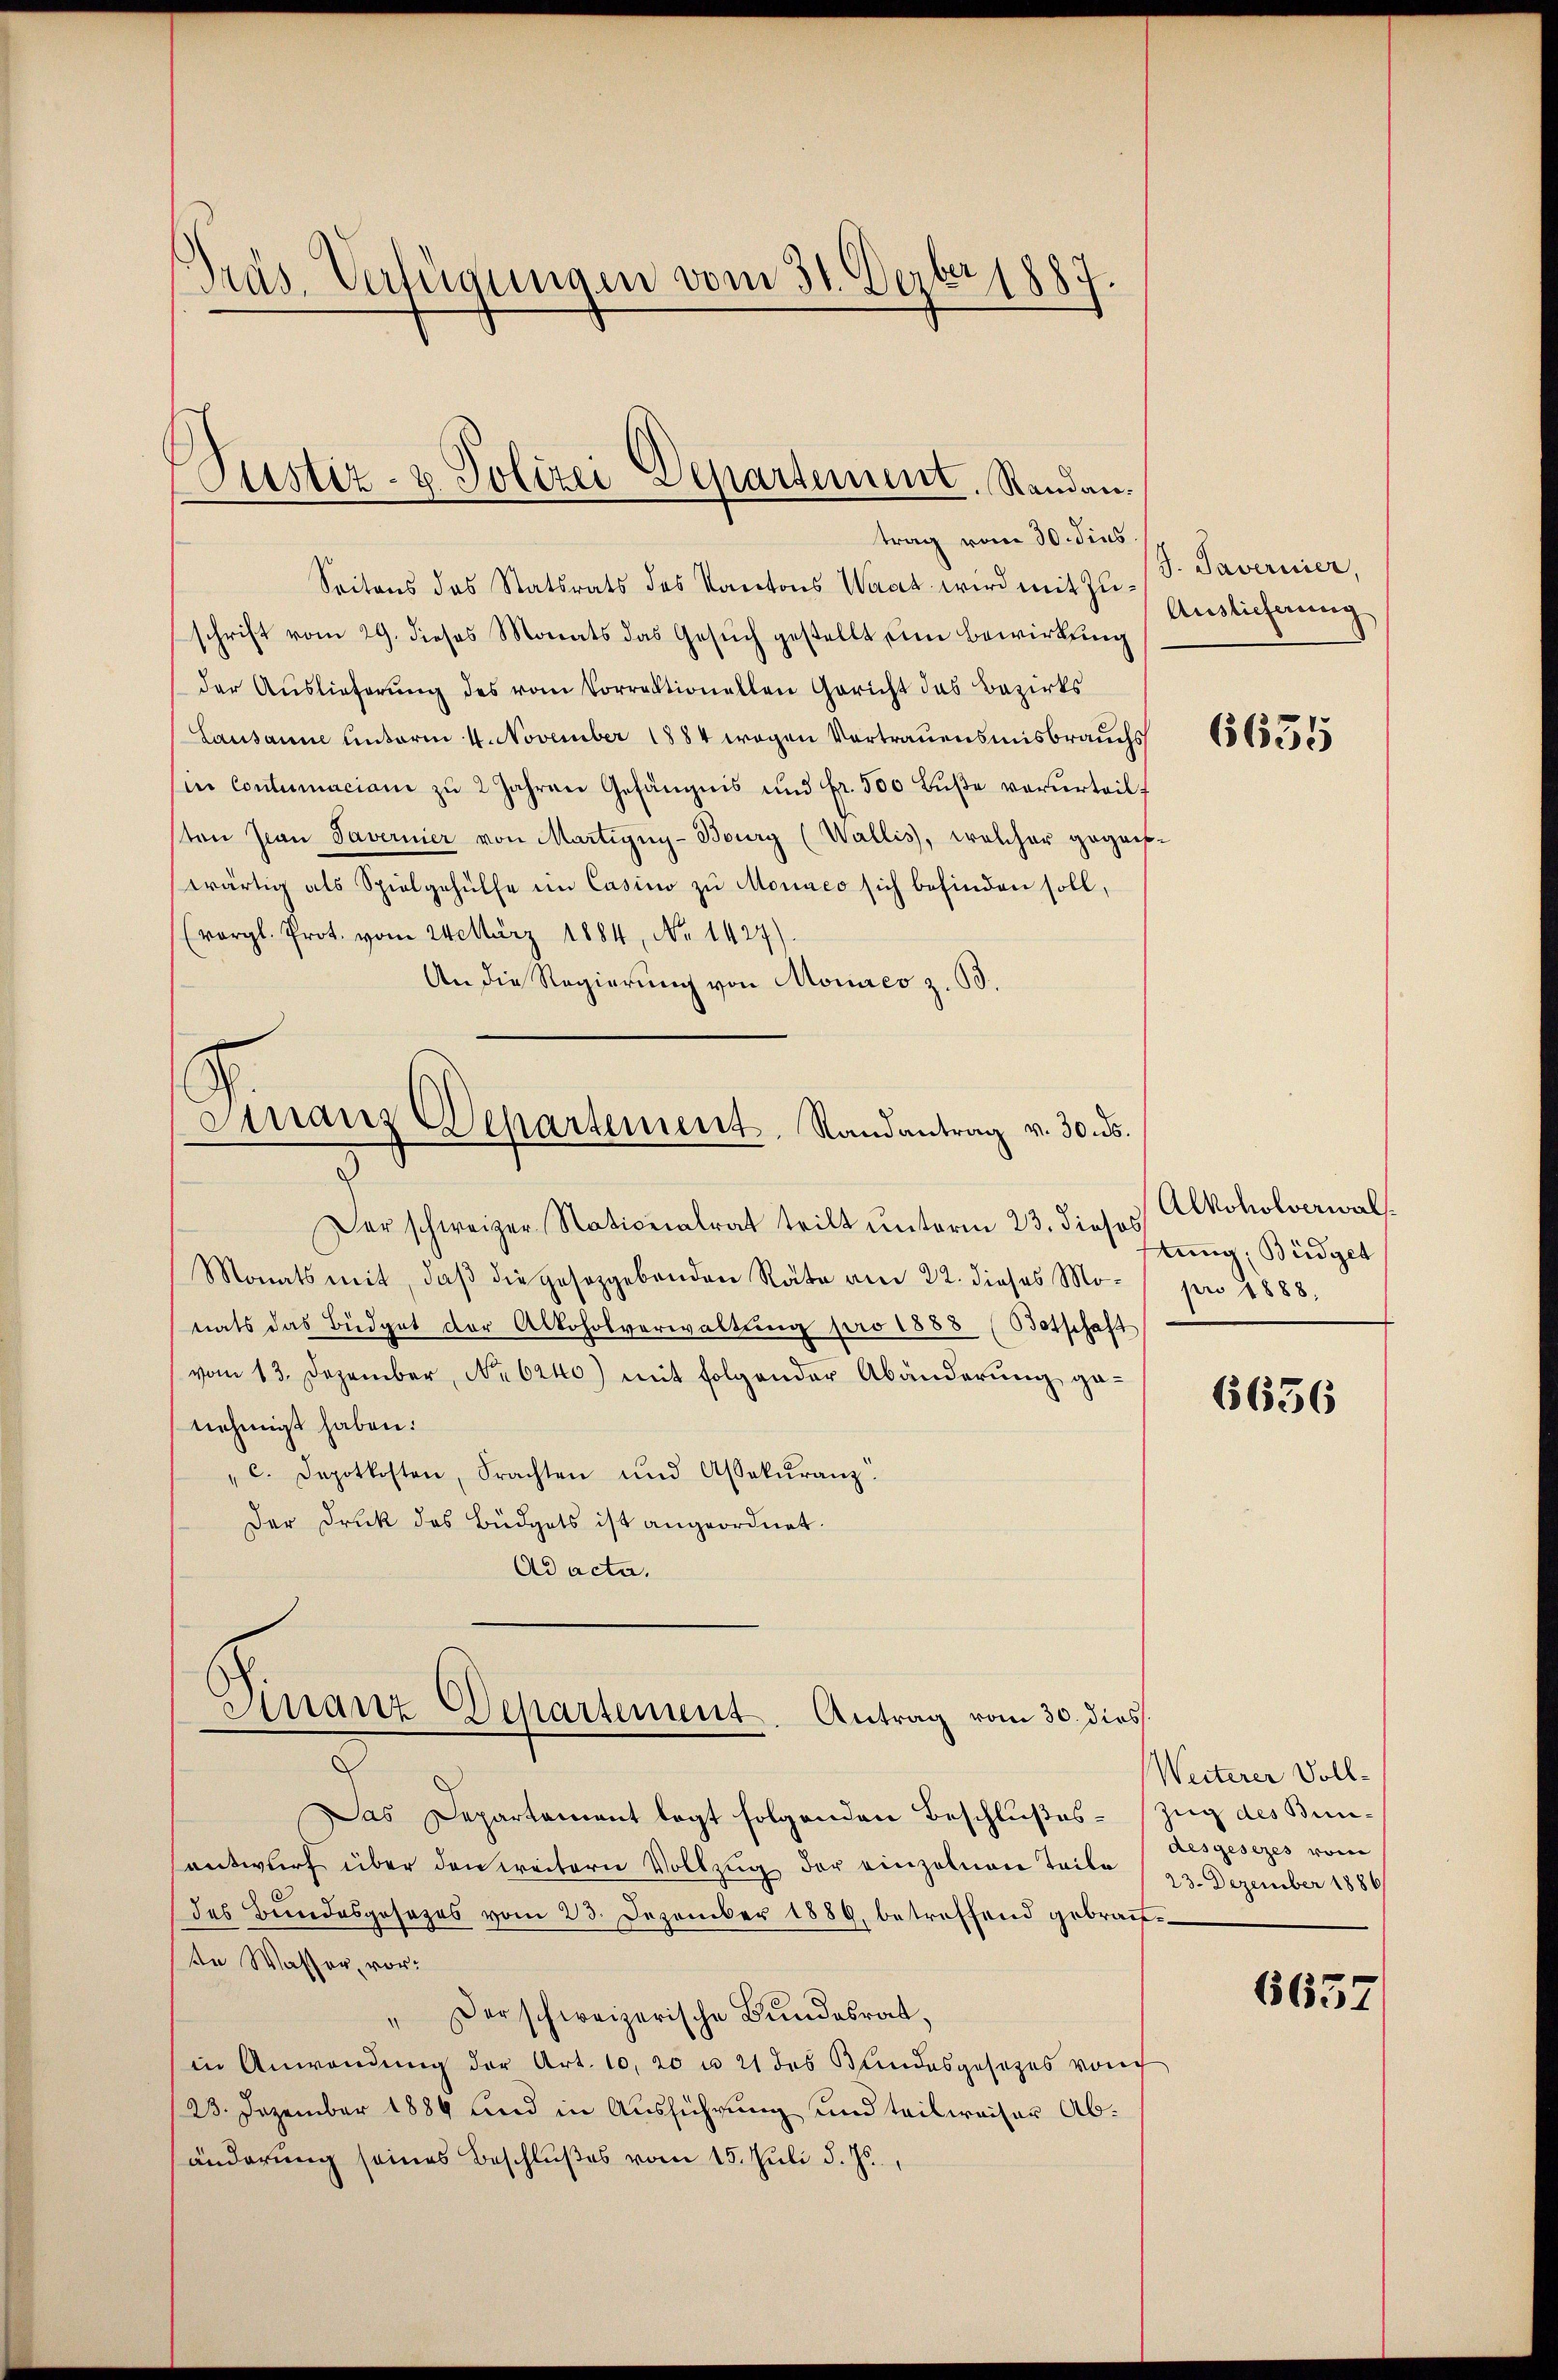
Präs. Verfügungen vom 31. Dezbr 1887

Seitens des Statsrats des Kantons Waaz wird mit Zuschrift vom 29. dieses Monats das Gesuch gestellt um Bewirkung
der Auslieferung des vom Vorrektionellen Gericht das Bezirks
Lausanne unterm 4. November 1884 wegen Vortrauensmisbrauchs
(in Contumaciam zŭ 2 Jahren Gefängnis und Fr. 500 Bŭβe verurteilt
sten Jean Tavernier von Martigny-Bourg (Wallis, welcher gegenswärtig als Spielgehülfe im Casino zu Moraco sich befinden soll,
(vergl. Prot. vom 24 März 1884, No 1427).
An die Regierung von Moires z. B.

Justiz- & Polizei Departement. Randantrag vom 30. dies

Finanz Departement, Randantrag v. 30. ds.

Der schweizer Nationalrat teilt unterm 23. dieses
Monats mit, daβ die gesetzgebenden Räte am 22. dieses Mo-  pro 1888.
nats das Büdget der Alkoholverwaltung pro 1888 (Botschaft
vom 13. Dezember, No. 6240) mit folgender Abänderung ge-
nehmigt haben.
" c. Depotkosten, Frachten und Assekŭranz.
Der Druk des Büdgets ist angeordnet.
Ad acta.

Dinanz-Departement. Antrag vom 30. dies

J. Tavernier,
Auslieferung

x
Das Departement legt folgenden Beschlußes Zug des Bunantwurf über den weitern Vollzug der einzelnen Teile
des Bundesgesezes vom 23. Dezember 1889, betreffend gebrachte Wasser, vor:
" Der schweizerische Bundesrat,
in Anwendŭng der Art. 10, 20 u. 21 des Bundesgesezes von
23. Dezember 1884 und in Ausführung und teilweiser Abänderung seines Beschlußes vom 15. Juli d. Js.,

665

Alkoholverwal
tung; Büdget

65636

Weiterer Voll-
desgesezes vom
23. Dezember 1886

6657